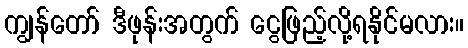
ကျွန်တော် ဒီဖုန်းအတွက် ငွေဖြည့်လို့ရနိုင်မလား။